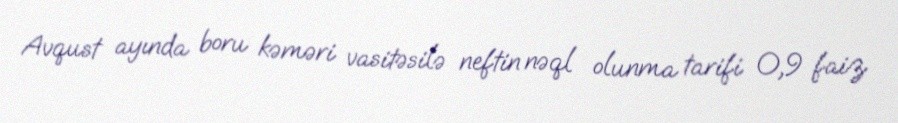
Avqust ayında boru kəməri vasitəsilə neftin nəql olunma tarifi 0,9 faiz